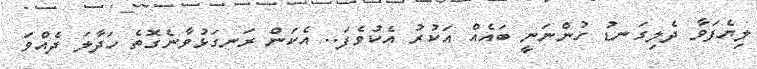
ލިޔެފަވާ ދެލިގަނޑު ހުންނަނީ ބައެއް އަކުރު އެކުވެފަ.. އެކަން ރަނގަޅުވާނެގޮތެ ހަދާލަ ދެއްވަ